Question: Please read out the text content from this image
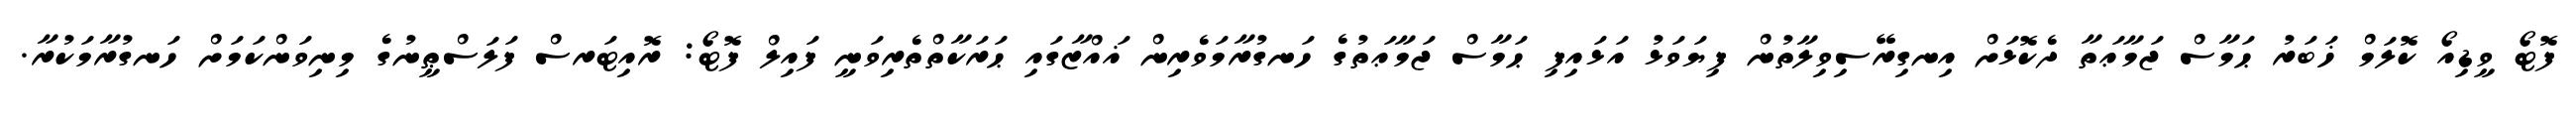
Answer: ފޮޓޯ ވީޑިއޯ ކޮލަމް ޚަބަރު ޙަމާސް ޖަމާޢަތާ ދެކޮޅަށް އިނގިރޭސިވިލާތުން ފިޔަވަޅު އަޅައިފި ޙަމާސް ޖަމާޢަތުގެ ހަނގުރާމަވެރިން ޣައްޒާގައި ޙަރަކާތްތެރިވަނީ ފައިލް ފޮޓޯ: ރޮއިޓަރސް ފަލަސްޠީނުގެ މިނިވަންކަމަށް ހަނގުރާމަކުރާ.